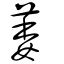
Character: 萎